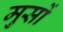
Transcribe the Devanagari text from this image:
मुसों